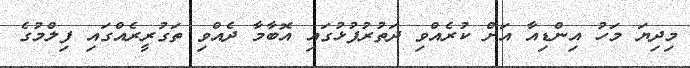
މިދިޔަ މަހު އިންޑިއާ އަށް ކުރެއްވި ދަތުރުފުޅުގައި އޮބާމާ ދެއްވި ތަގުރީރެއްގައި ފިލްމުގެ